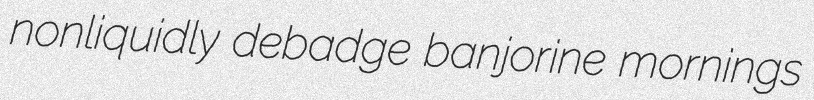
nonliquidly debadge banjorine mornings